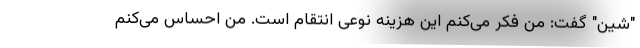
"شین" گفت: من فکر می‌کنم این هزینه نوعی انتقام است. من احساس می‌کنم